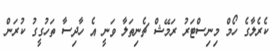
ކެރެލާގެ ހޯމް މިނިސްޓަރު ރަމޭޝް ޗެނިތަލާ ވަނީ އެ ހާދިސާ ތަހުގީގު ކުރަން